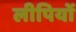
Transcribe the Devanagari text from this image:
लीपियों